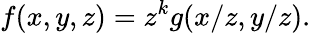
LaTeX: f(x,y,z)=z^{k}g(x/z,y/z).